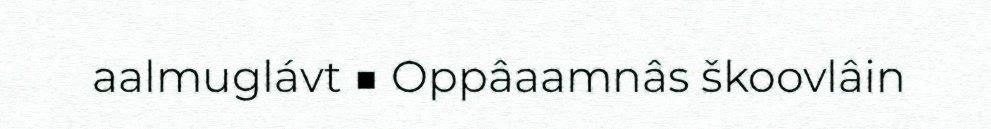
aalmuglávt ■ Oppâaamnâs škoovlâin